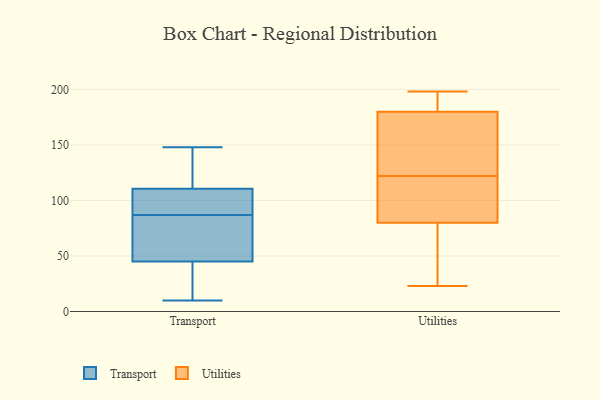
{"axis": {"x": "Shipments", "y": "Value"}, "legend": ["Transport", "Utilities"], "data": [{"x": "", "y": 148, "type": "Transport"}, {"x": "", "y": 87, "type": "Transport"}, {"x": "", "y": 50, "type": "Transport"}, {"x": "", "y": 10, "type": "Transport"}, {"x": "", "y": 99, "type": "Transport"}, {"x": "", "y": 146, "type": "Transport"}, {"x": "", "y": 90, "type": "Transport"}, {"x": "", "y": 110, "type": "Transport"}, {"x": "", "y": 82, "type": "Transport"}, {"x": "", "y": 53, "type": "Transport"}, {"x": "", "y": 134, "type": "Transport"}, {"x": "", "y": 95, "type": "Transport"}, {"x": "", "y": 48, "type": "Transport"}, {"x": "", "y": 31, "type": "Transport"}, {"x": "", "y": 36, "type": "Transport"}, {"x": "", "y": 112, "type": "Transport"}, {"x": "", "y": 10, "type": "Transport"}, {"x": "", "y": 198, "type": "Utilities"}, {"x": "", "y": 84, "type": "Utilities"}, {"x": "", "y": 23, "type": "Utilities"}, {"x": "", "y": 147, "type": "Utilities"}, {"x": "", "y": 72, "type": "Utilities"}, {"x": "", "y": 188, "type": "Utilities"}, {"x": "", "y": 181, "type": "Utilities"}, {"x": "", "y": 176, "type": "Utilities"}, {"x": "", "y": 24, "type": "Utilities"}, {"x": "", "y": 145, "type": "Utilities"}, {"x": "", "y": 121, "type": "Utilities"}, {"x": "", "y": 83, "type": "Utilities"}, {"x": "", "y": 50, "type": "Utilities"}, {"x": "", "y": 122, "type": "Utilities"}, {"x": "", "y": 79, "type": "Utilities"}, {"x": "", "y": 196, "type": "Utilities"}, {"x": "", "y": 110, "type": "Utilities"}, {"x": "", "y": 157, "type": "Utilities"}, {"x": "", "y": 189, "type": "Utilities"}]}